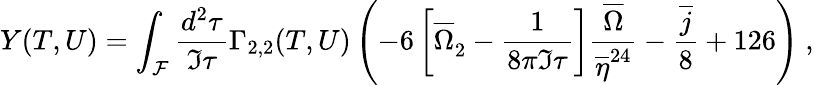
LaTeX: Y(T,U)=\int_{\cal F}\frac{d^{2}\tau}{\Im\tau}\Gamma_{2,2}(T,U)\left(-6\left[{\overline{{{\Omega}}}}_{2}^{\phantom{2}}-\frac{1}{8\pi\Im\tau}\right]\frac{\overline{{{\Omega}}}}{\overline{{{\eta}}}^{24}}-\frac{\overline{{{j}}}}{8}+126\right)\ ,